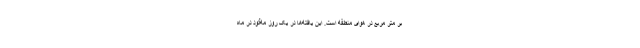
بر متر مربع در هوای منطقه است. این یافته‌ها در یک روز مه‌آلود در ماه